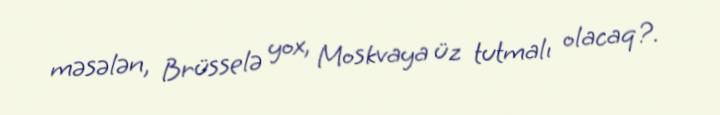
məsələn, Brüsselə yox, Moskvaya üz tutmalı olacaq?.